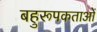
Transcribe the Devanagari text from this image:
बहुरूपकताओं